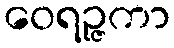
ဝေရဉ္ဇကာ